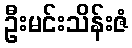
ဦးမင်းသိန်းဇံ